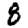
Digit: 8